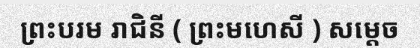
ព្រះបរម រាជិនី ( ព្រះមហេសី ) សម្តេច